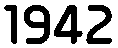
1942